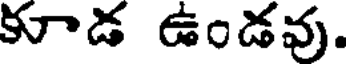
కూడ ఉండవు.